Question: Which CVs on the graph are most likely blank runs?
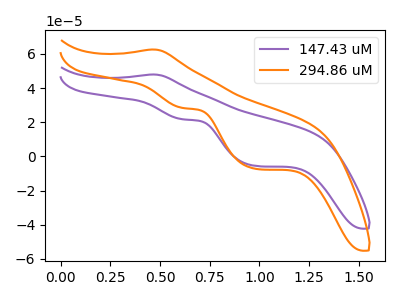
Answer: <think>The purple curve "147.43 uM" has an anodic peak at (0.45V, 47.95uA) and cathodic peaks at (0.60V, 21.70uA) (1.00V, -5.55uA). The orange curve "294.86 uM" has an anodic peak at (0.45V, 62.60uA) and cathodic peaks at (0.60V, 28.30uA) (1.00V, -7.20uA).</think>
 <answer>There are not any CV's on this graph that are likely to be blanks.</answer>
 <eval>none</eval>